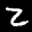
Label: 2